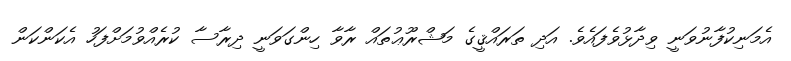
އެމަނިކުފާނުވަނީ ވިދާޅުވެފައެވެ. އަދި ތަރައްޤީގެ މަޝްރޫޢުތައް ރާވާ ހިންގަވަނީ ދިރާސާ ކުރެއްވުމަށްފަހު އެކަންކަން